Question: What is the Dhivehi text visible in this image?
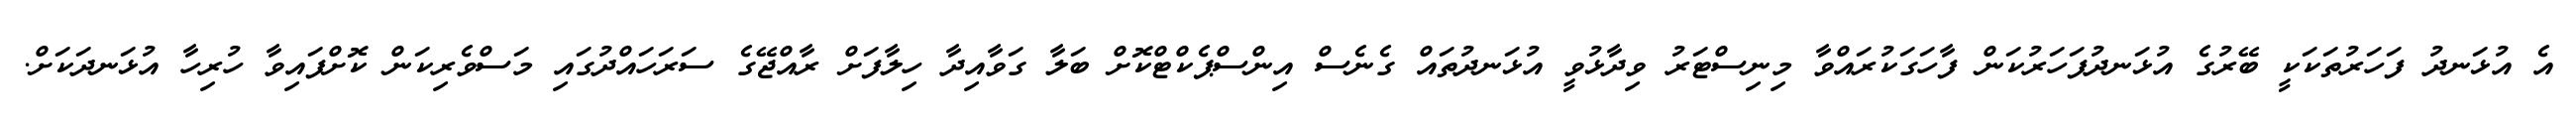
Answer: އެ އުޅަނދު ފަހަރުތަކަކީ ބޭރުގެ އުޅަނދުފަހަރުކަން ފާހަގަކުރައްވާ މިނިސްޓަރު ވިދާޅުވީ އުޅަނދުތައް ގެނެސް އިންސްޕެކްޓްކޮށް ބަލާ ގަވާއިދާ ހިލާފަށް ރާއްޖޭގެ ސަރަހައްދުގައި މަސްވެރިކަން ކޮށްފައިވާ ހުރިހާ އުޅަނދަކަށް.